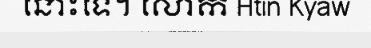
នោះទេ។ លោក Htin Kyaw